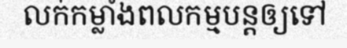
លក់កម្លាំងពលកម្មបន្តឲ្យទៅ